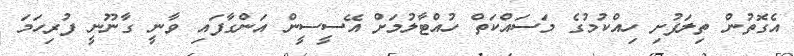
އެގޮތުން ތިލަފުށި ހިއްކުމުގެ މަސައްކަތް ހުއްޓާލުމަށް އޭސީސީން އަންގާފައި ވާނީ ގާނޫނީ ފުރިހަމަ